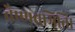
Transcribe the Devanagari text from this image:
वैष्णवमिति।